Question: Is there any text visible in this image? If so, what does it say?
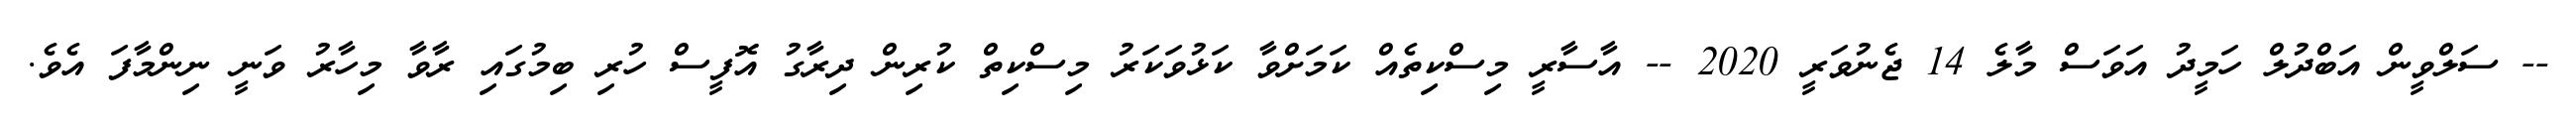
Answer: -- ސަލްވީން އަބްދުލް ހަމީދު އަވަސް މާލެ 14 ޖެނުވަރީ 2020 -- އާސާރީ މިސްކިތެއް ކަމަށްވާ ކަޅުވަކަރު މިސްކިތް ކުރިން ދިރާގު އޮފީސް ހުރި ބިމުގައި ރާވާ މިހާރު ވަނީ ނިންމާފަ އެވެ.